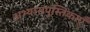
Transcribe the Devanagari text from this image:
अभ्यासपुस्तिकाएँ